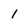
Character: 1